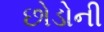
છોડોની